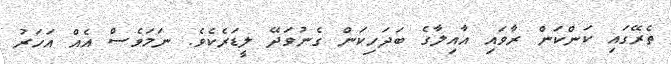
ތެރޭގައި ކަންކަން ރާވައި އާއިލާގެ ބަދަހިކަން ގެނުވަދޭ ލީޑަރެކެވެ. ނަމަވެސް އެއް އަހަރު